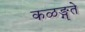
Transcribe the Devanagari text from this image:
कळङ्गुते